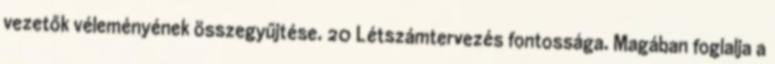
vezetők véleményének összegyűjtése. 20 Létszámtervezés fontossága. Magában foglalja a